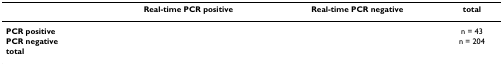
<table><thead><tr><td>[EMPTY_CELL]</td><td><b>Real-time PCR positive</b></td><td><b>Real-time PCR negative</b></td><td><b>total</b></td></tr></thead><tbody><tr><td><b>PCR positive</b></td><td>[EMPTY_CELL]</td><td>[EMPTY_CELL]</td><td>n = 43</td></tr><tr><td><b>PCR negative</b></td><td>[EMPTY_CELL]</td><td>[EMPTY_CELL]</td><td>n = 204</td></tr><tr><td><b>total</b></td><td>[EMPTY_CELL]</td><td>[EMPTY_CELL]</td><td>[EMPTY_CELL]</td></tr></tbody></table>